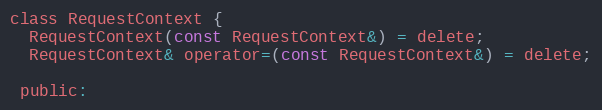
Language: C
class RequestContext {
  RequestContext(const RequestContext&) = delete;
  RequestContext& operator=(const RequestContext&) = delete;

 public: